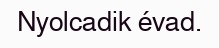
Nyolcadik évad.